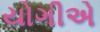
યોગીએ